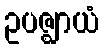
ဥပဇ္ဈာယံ